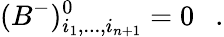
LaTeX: (B^{-})_{i_{1},...,i_{n+1}}^{0}=0~~~.